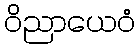
ဝိညာယေဝံ